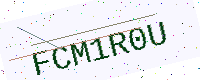
Text: FCM1R0U